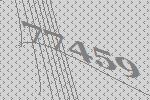
77459